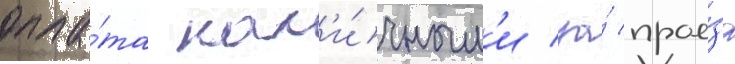
опла́та нал'и́чным'и за́ прое́зд